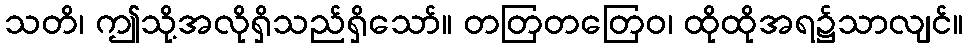
သတိ၊ ဤသို့အလိုရှိသည်ရှိသော်။ တတြတတြေဝ၊ ထိုထိုအရ၌သာလျင်။